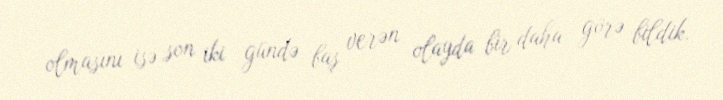
olmasını isə son iki gündə baş verən olayda bir daha görə bildik.